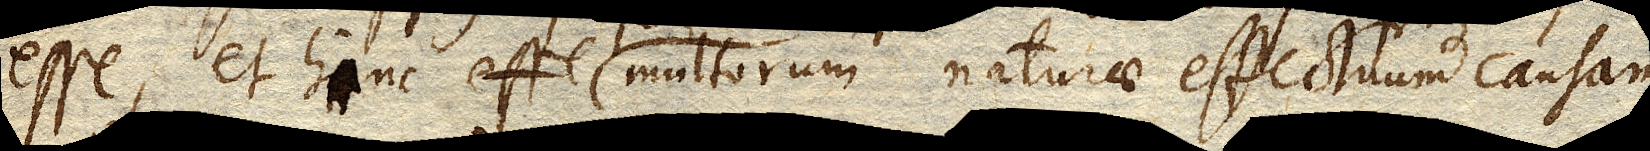
esse, et hinc esse multorum naturae effectuum causam,